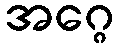
အဂ္ဂေ